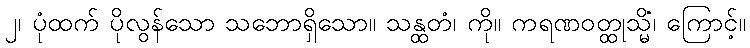
၂၊ ပုံထက် ပိုလွန်သော သဘောရှိသော။ သန္ထတံ၊ ကို။ ကရဏဝတ္ထုသ္မိံ၊ ကြောင့်။